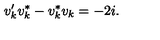
v _ { k } ^ { \prime } v _ { k } ^ { * } - v _ { k } ^ { * } v _ { k } = - 2 i .